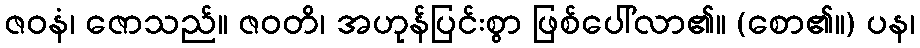
ဇဝနံ၊ ဇောသည်။ ဇဝတိ၊ အဟုန်ပြင်းစွာ ဖြစ်ပေါ်လာ၏။ (စော၏။) ပန၊